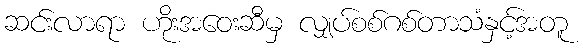
ဆင်းလာရာ ဟိုးအဝေးဆီမှ လျှပ်စစ်ဂစ်တာသံနှင့်အတူ